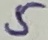
Text: 5